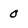
Character: 0